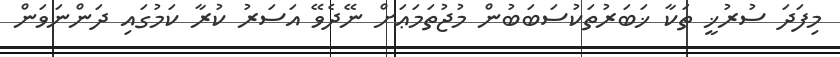
މިފަދަ ސުރުޚީ ތަކާ ޚަބަރުތަކުސަބަބުން މުޖުތަމަޢަށް ނޭދެވޭ އަސަރު ކުރާ ކަމުގައި ދަންނަވަން